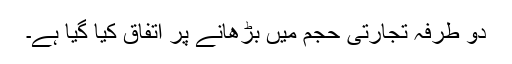
دو طرفہ تجارتی حجم میں بڑھانے پر اتفاق کیا گیا ہے۔